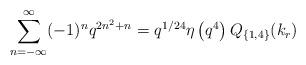
LaTeX: \begin{align*}\sum^{\infty}_{n=-\infty}(-1)^nq^{2n^2+n}=q^{1/24} \eta\left(q^4\right)Q_{\{1,4\}}(k_r)\end{align*}